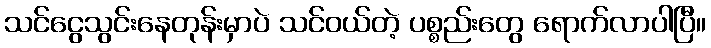
သင်ငွေသွင်းနေတုန်းမှာပဲ သင်ဝယ်တဲ့ ပစ္စည်းတွေ ရောက်လာပါပြီ။